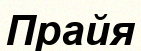
Прайя